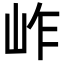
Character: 岞